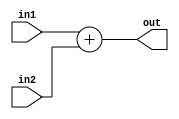
`timescale 1ns / 1ps
//////////////////////////////////////////////////////////////////////////////////
// Company: 
// Engineer: 
// 
// Design Name: 
// Module Name:    Add 
// Project Name: 
// Target Devices: 
// Tool versions: 
// Description: 
//
// Dependencies: 
//
// Revision: 
// Revision 0.01 - File Created
// Additional Comments: 
//
//////////////////////////////////////////////////////////////////////////////////
module Add(in1, in2, out);
input [31:0] in1;
input [31:0] in2;
output [31:0] out;
assign out=in1+in2;
endmodule